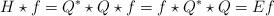
LaTeX: \begin{align*}H\star f= Q^*\star Q \star f = f \star Q^*\star Q =Ef\end{align*}